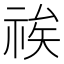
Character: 𮁽